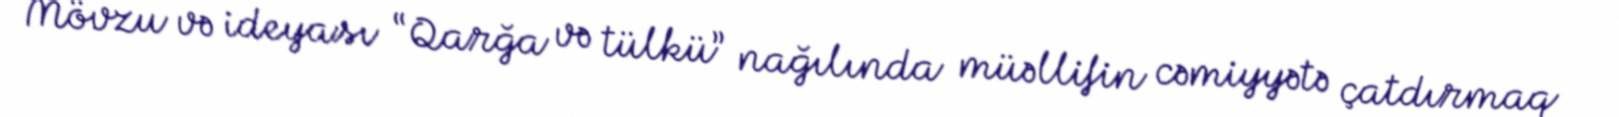
Mövzu və ideyası “Qarğa və tülkü” nağılında müəllifin cəmiyyətə çatdırmaq